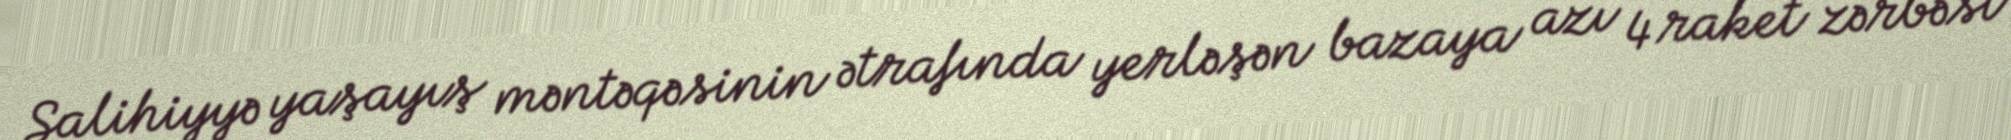
Salihiyyə yaşayış məntəqəsinin ətrafında yerləşən bazaya azı 4 raket zərbəsi